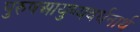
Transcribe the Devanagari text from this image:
पुरुषआयुष्यवर्धनार्थ